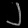
Digit: ၂